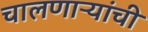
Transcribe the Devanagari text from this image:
चालणाऱ्यांची